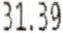
31.39